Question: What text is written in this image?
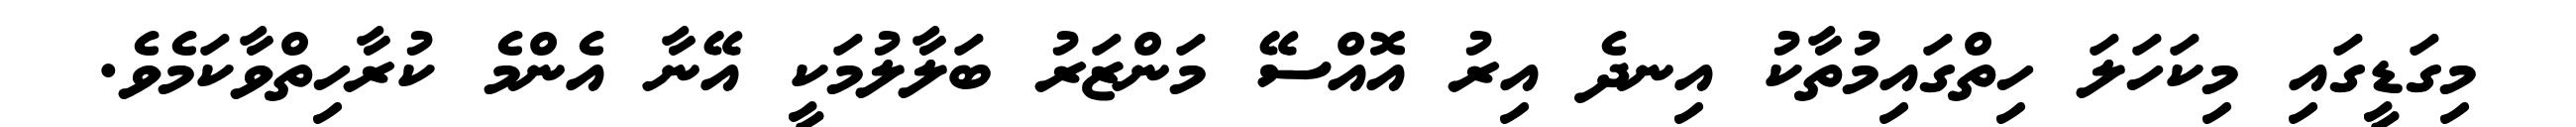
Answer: މިގަޑީގައި މިކަހަލަ ހިތްގައިމުތާކު އިނދެ އިރު އޮއްސޭ މަންޒަރު ބަލާލުމަކީ އޭނާ އެންމެ ކުރާހިތްވާކަމެވެ.